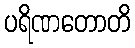
ပရိဏတောတိ